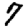
Digit: 7